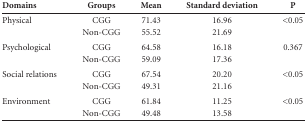
<table><thead><tr><td><b>Domains</b></td><td><b>Groups</b></td><td><b>Mean</b></td><td><b>Standard deviation</b></td><td><b>P</b></td></tr></thead><tbody><tr><td>Physical</td><td>CGGNon-CGG</td><td>71.43 55.52</td><td>16.96 21.69</td><td>&lt;0.05</td></tr><tr><td>Psychological</td><td>CGGNon-CGG</td><td>64.5859.09</td><td>16.1817.36</td><td>0.367</td></tr><tr><td>Social relations</td><td>CGG</td><td>67.54</td><td>20.20</td><td>&lt;0.05</td></tr><tr><td> </td><td>Non-CGG</td><td>49.31</td><td>21.16</td><td> </td></tr><tr><td>Environment</td><td>CGG</td><td>61.84</td><td>11.25</td><td>&lt;0.05</td></tr><tr><td> </td><td>Non-CGG</td><td>49.48</td><td>13.58</td><td> </td></tr></tbody></table>